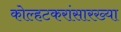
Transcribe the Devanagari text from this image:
कोल्हटकरांसारख्या